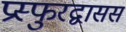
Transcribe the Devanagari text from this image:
प्रस्फुरद्वाससं